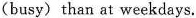
(busy) than at weekdays.